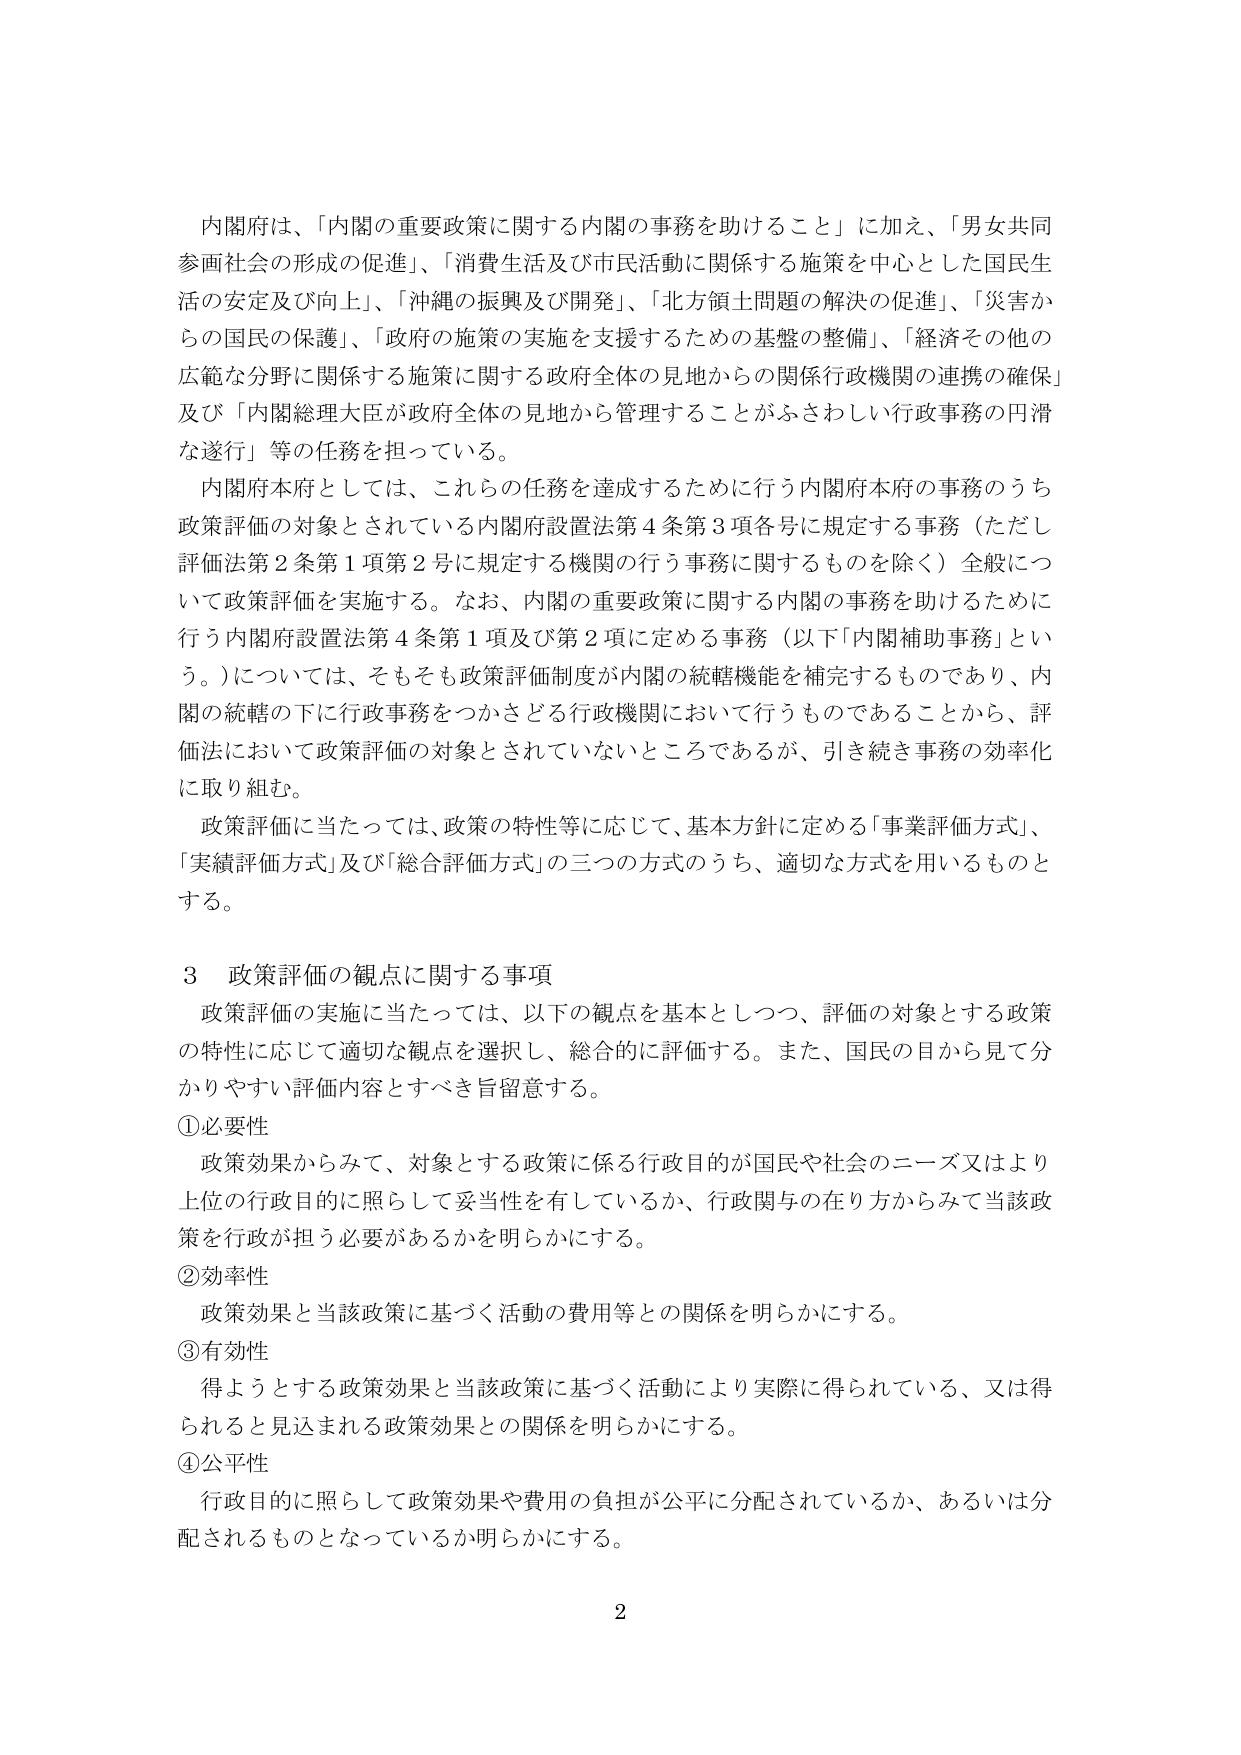
内閣府は、「内閣の重要政策に関する内閣の事務を助けること」に加え、「男女共同参画社会の形成の促進」、「消費生活及び市民活動に関係する施策を中心とした国民生活の安定及び向上」、「沖縄の振興及び開発」、「北方領土問題の解決の促進」、「災害からの国民の保護」、「政府の施策の実施を支援するための基盤の整備」、「経済その他の広範な分野に関係する施策に関する政府全体の見地からの関係行政機関の連携の確保」及び「内閣総理大臣が政府全体の見地から管理することがふさわしい行政事務の円滑な遂行」等の任務を担っている。

内閣府本府としては、これらの任務を達成するために行う内閣府本府の事務のうち政策評価の対象とされている内閣府設置法第4条第3項各号に規定する事務（ただし評価法第2条第1項第2号に規定する機関の行う事務に関するものを除く）全般について政策評価を実施する。なお、内閣の重要政策に関する内閣の事務を助けるために行う内閣府設置法第4条第1項及び第2項に定める事務（以下「内閣補助事務」という。）については、そもそも政策評価制度が内閣の統轄機能を補完するものであり、内閣の統轄の下に行政事務をつかさどる行政機関において行うものであることから、評価法において政策評価の対象とされていないところであるが、引き続き事務の効率化に取り組む。

政策評価に当たっては、政策の特性等に応じて、基本方針に定める「事業評価方式」、「実績評価方式」及び「総合評価方式」の三つの方式のうち、適切な方式を用いるものとする。

3 政策評価の観点に関する事項

政策評価の実施に当たっては、以下の観点を基本としつつ、評価の対象とする政策の特性に応じて適切な観点を選択し、総合的に評価する。また、国民の目から見て分かりやすい評価内容とすべき旨留意する。

①必要性

政策効果からみて、対象とする政策に係る行政目的が国民や社会のニーズ又はより上位の行政目的に照らして妥当性を有しているか、行政関与の在り方からみて当該政策を行政が担う必要があるかを明らかにする。

②効率性

政策効果と当該政策に基づく活動の費用等との関係を明らかにする。

③有効性

得ようとする政策効果と当該政策に基づく活動により実際に得られている、又は得られると見込まれる政策効果との関係を明らかにする。

④公平性

行政目的に照らして政策効果や費用の負担が公平に分配されているか、あるいは分配されるものとなっているか明らかにする。

2